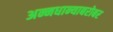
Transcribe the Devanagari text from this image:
अन्नधान्याबरोबर